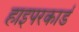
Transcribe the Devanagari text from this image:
हाइपरकार्ड